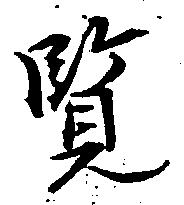
覧